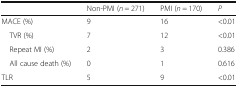
<table><thead><tr><td></td><td><b>Non-PMI (<i>n</i> = 271)</b></td><td><b>PMI (<i>n</i> = 170)</b></td><td><b><i>P</i></b></td></tr></thead><tbody><tr><td>MACE (%)</td><td>9</td><td>16</td><td>&lt;0.01</td></tr><tr><td> TVR (%)</td><td>7</td><td>12</td><td>&lt;0.01</td></tr><tr><td> Repeat MI (%)</td><td>2</td><td>3</td><td>0.386</td></tr><tr><td> All cause death (%)</td><td>0</td><td>1</td><td>0.616</td></tr><tr><td>TLR</td><td>5</td><td>9</td><td>&lt;0.01</td></tr></tbody></table>